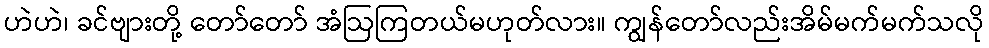
ဟဲဟဲ၊ ခင်ဗျားတို့ တော်တော် အံဩကြတယ်မဟုတ်လား။ ကျွန်တော်လည်းအိမ်မက်မက်သလို